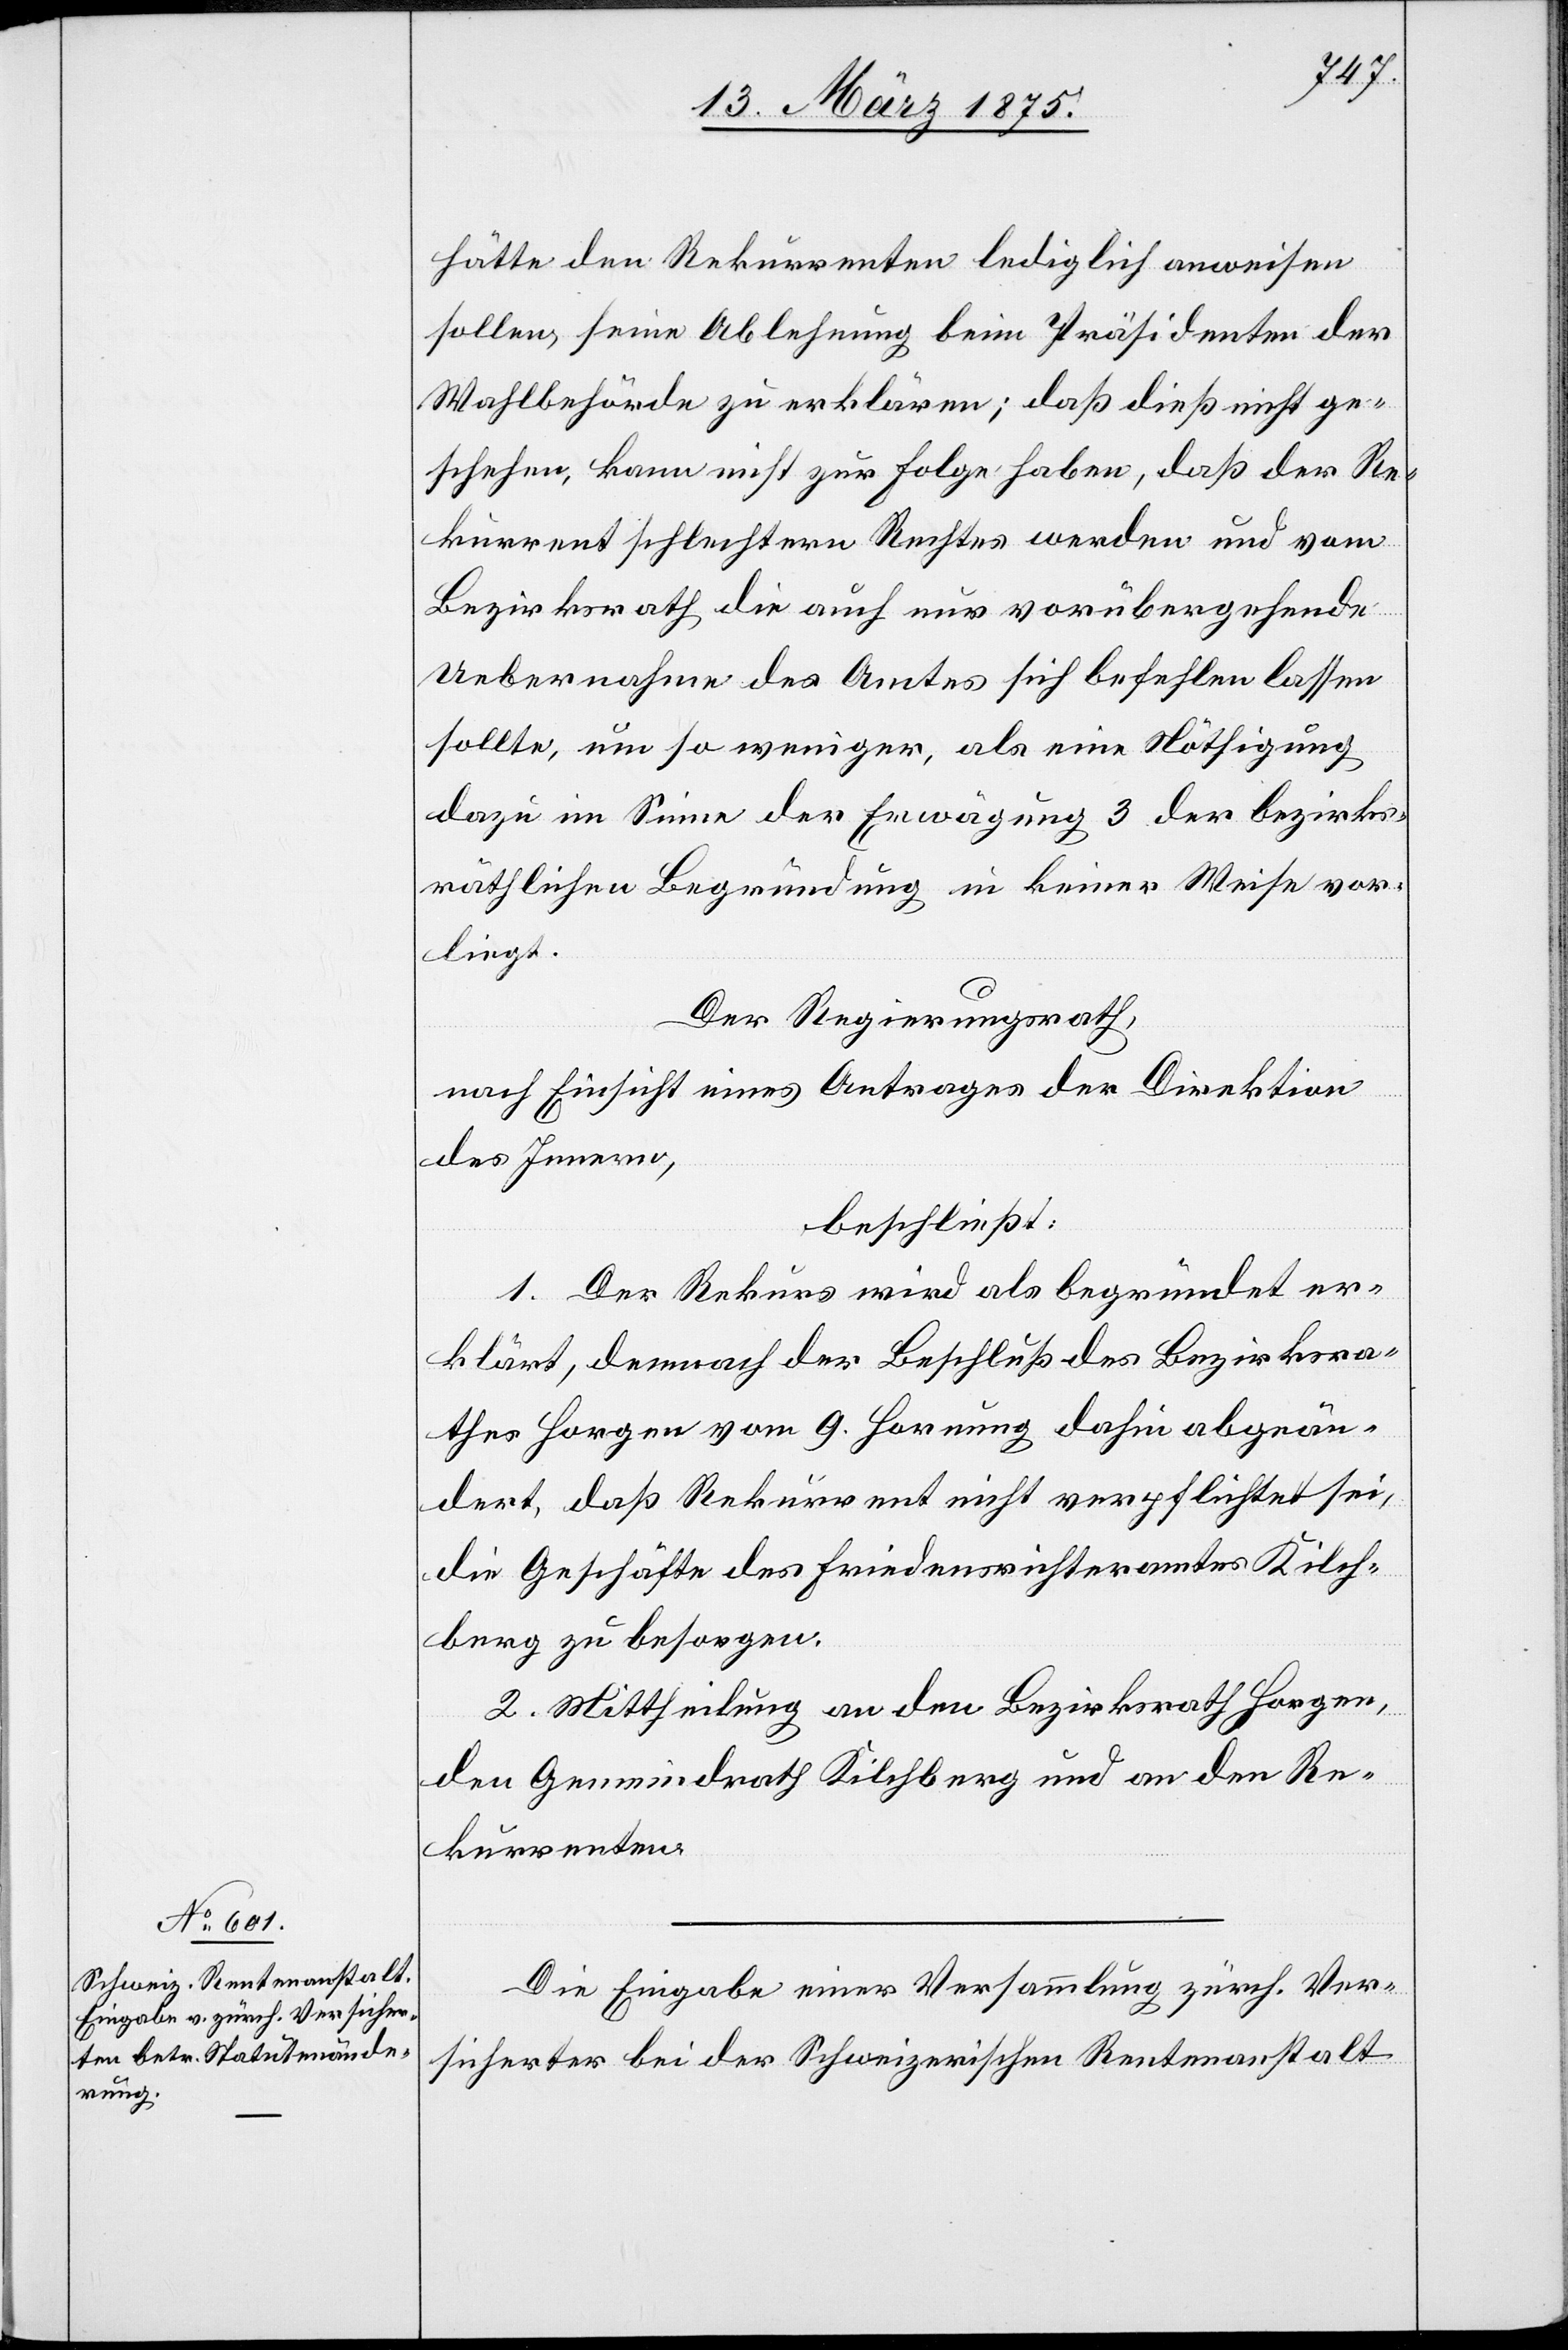
hätte den Rekurrenten lediglich anweisen
sollen, seine Ablehnung beim Präsidenten der
Wahlbehörde zu erklären; daß dieß nicht ge¬
schehen, kann nicht zu Folge haben, daß der Re¬
kurrent schlechtern Rechtes werden und vom
Bezirksrath die auch nur vorübergehende
Uebernahme des Amtes sich befehlen lassen
sollte, um so weniger, als eine Nöthigung
dazu im Sinne der Erwägung 3 der bezirks¬
räthlichen Begründung in keiner Weise vor¬
liegt.
Der Regierungsrath,
nach Einsicht eines Antrages der Direktion
des Innern,
beschließt:
1. Der Rekurs wird als begründet er¬
klärt, demnach der Beschluß des Bezirksra¬
thes Horgen vom 9. Hornung dahin abgeän¬
dert daß Rekurrent nicht verpflichtet sei,
die Geschäfte des Friedensrichteramtes Kilch¬
berg zu besorgen.
2. Mittheilung an den Bezirksrath Horgen,
den Gemeindrath Kilchberg und an den Re¬
kurrenten.
Die Eingabe einer Versammlung zürch. Ver¬
sicherter bei der Schweizerischen Rentenanstalt